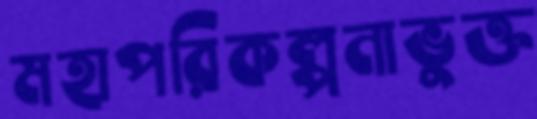
মহাপরিকল্পনাভুক্ত